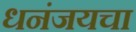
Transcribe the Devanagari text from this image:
धनंजयचा